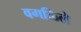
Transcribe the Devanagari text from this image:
वगळिले